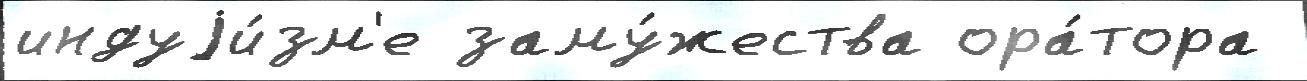
индуjи́зм'е заму́жества ора́тора